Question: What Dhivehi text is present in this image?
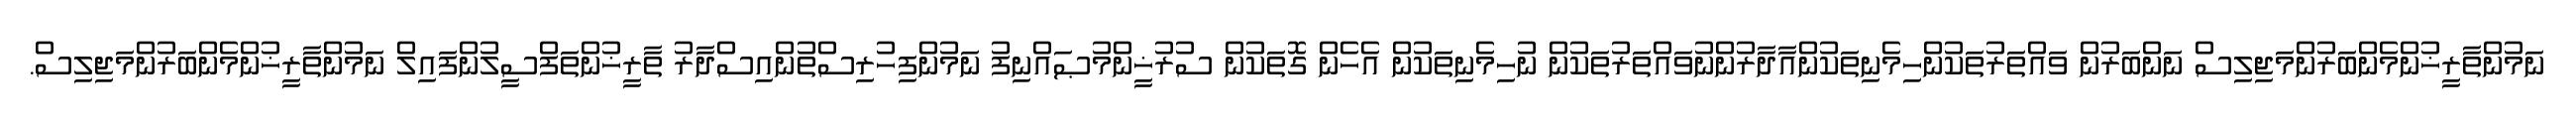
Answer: ނަމުންތާރީޚުންމެންބަރުންމަޖިލިސް ނަންބަރުން ވައްތަރުތަކުންހިމެނިތަކުންއާދާރުންނުވައްތަރުތަކުން ނުހިމެނިތަކުން އެހެން ގޮތަކުން ސުރުޚީންމުޞައްނިފު ނަމުންފިހުރިސްތުންއިސްދާރު ތާރީޚުންތަފްސީލުންފައިލް ނަމުންތާރީޚުންމެންބަރުންމަޖިލިސް.